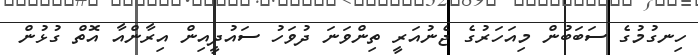
ހިނގުމުގެ ސަބަބުން މިއަހަރުގެ ޖެނުއަރީ ތިންވަނަ ދުވަހު ސައުދީއިން އިރާންއާ އޮތް ގުޅުން